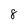
Character: 8